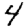
Digit: 4